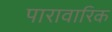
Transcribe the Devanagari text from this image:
पारावारिक